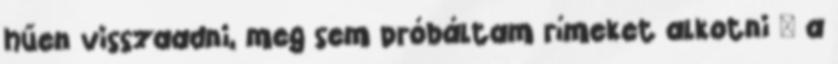
hűen visszaadni, meg sem próbáltam rímeket alkotni – a